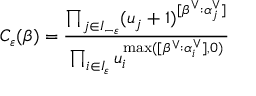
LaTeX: C _ { \varepsilon } ( \beta ) = \frac { \prod _ { j \in I _ { - \varepsilon } } ( u _ { j } + 1 ) ^ { [ \beta ^ { \vee } : \alpha _ { j } ^ { \vee } ] } } { \prod _ { i \in I _ { \varepsilon } } u _ { i } ^ { \operatorname * { m a x } ( [ \beta ^ { \vee } : \alpha _ { i } ^ { \vee } ] , 0 ) } }